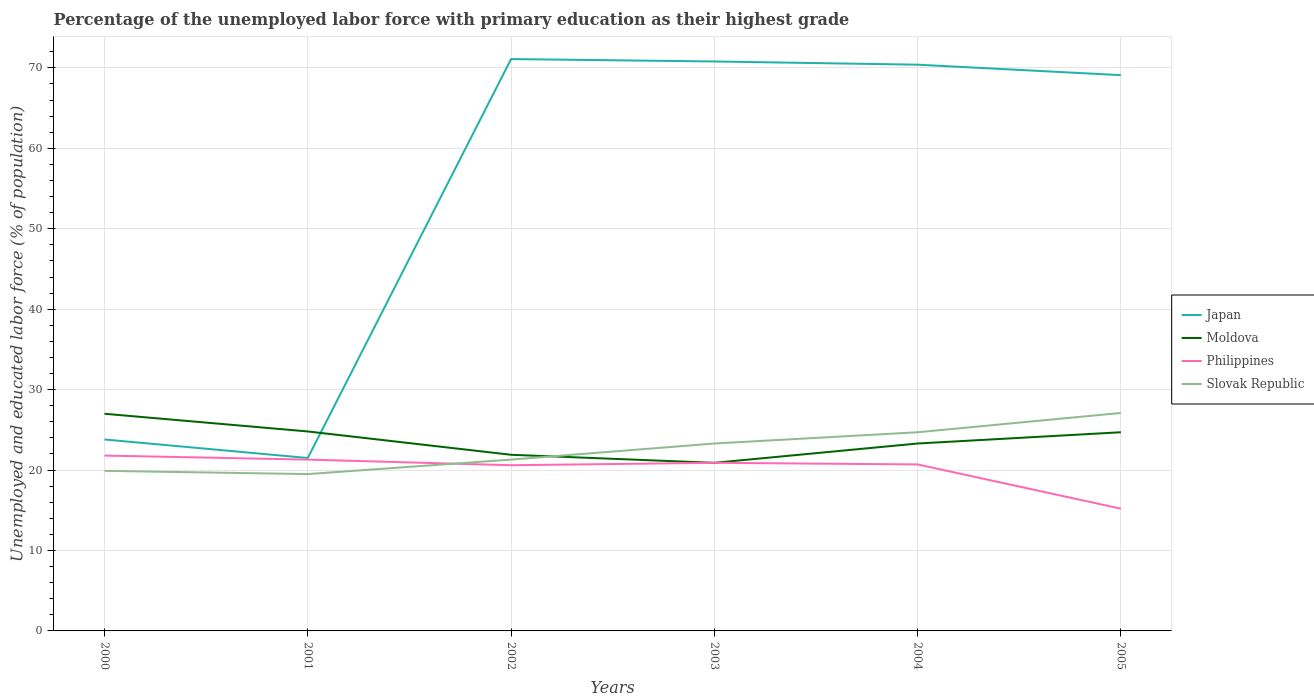
| Years | Japan | Moldova | Philippines | Slovak Republic |
 | --- | --- | --- | --- | --- |
 | 2000 | 23.8 | 27 | 21.8 | 19.9 |
 | 2001 | 21.5 | 24.8 | 21.3 | 19.5 |
 | 2002 | 71.1 | 21.9 | 20.6 | 21.3 |
 | 2003 | 70.8 | 20.9 | 20.9 | 23.3 |
 | 2004 | 70.4 | 23.3 | 20.7 | 24.7 |
 | 2005 | 69.1 | 24.7 | 15.2 | 27.1 |